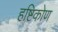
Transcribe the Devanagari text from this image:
हष्टिकोण